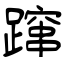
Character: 蹿